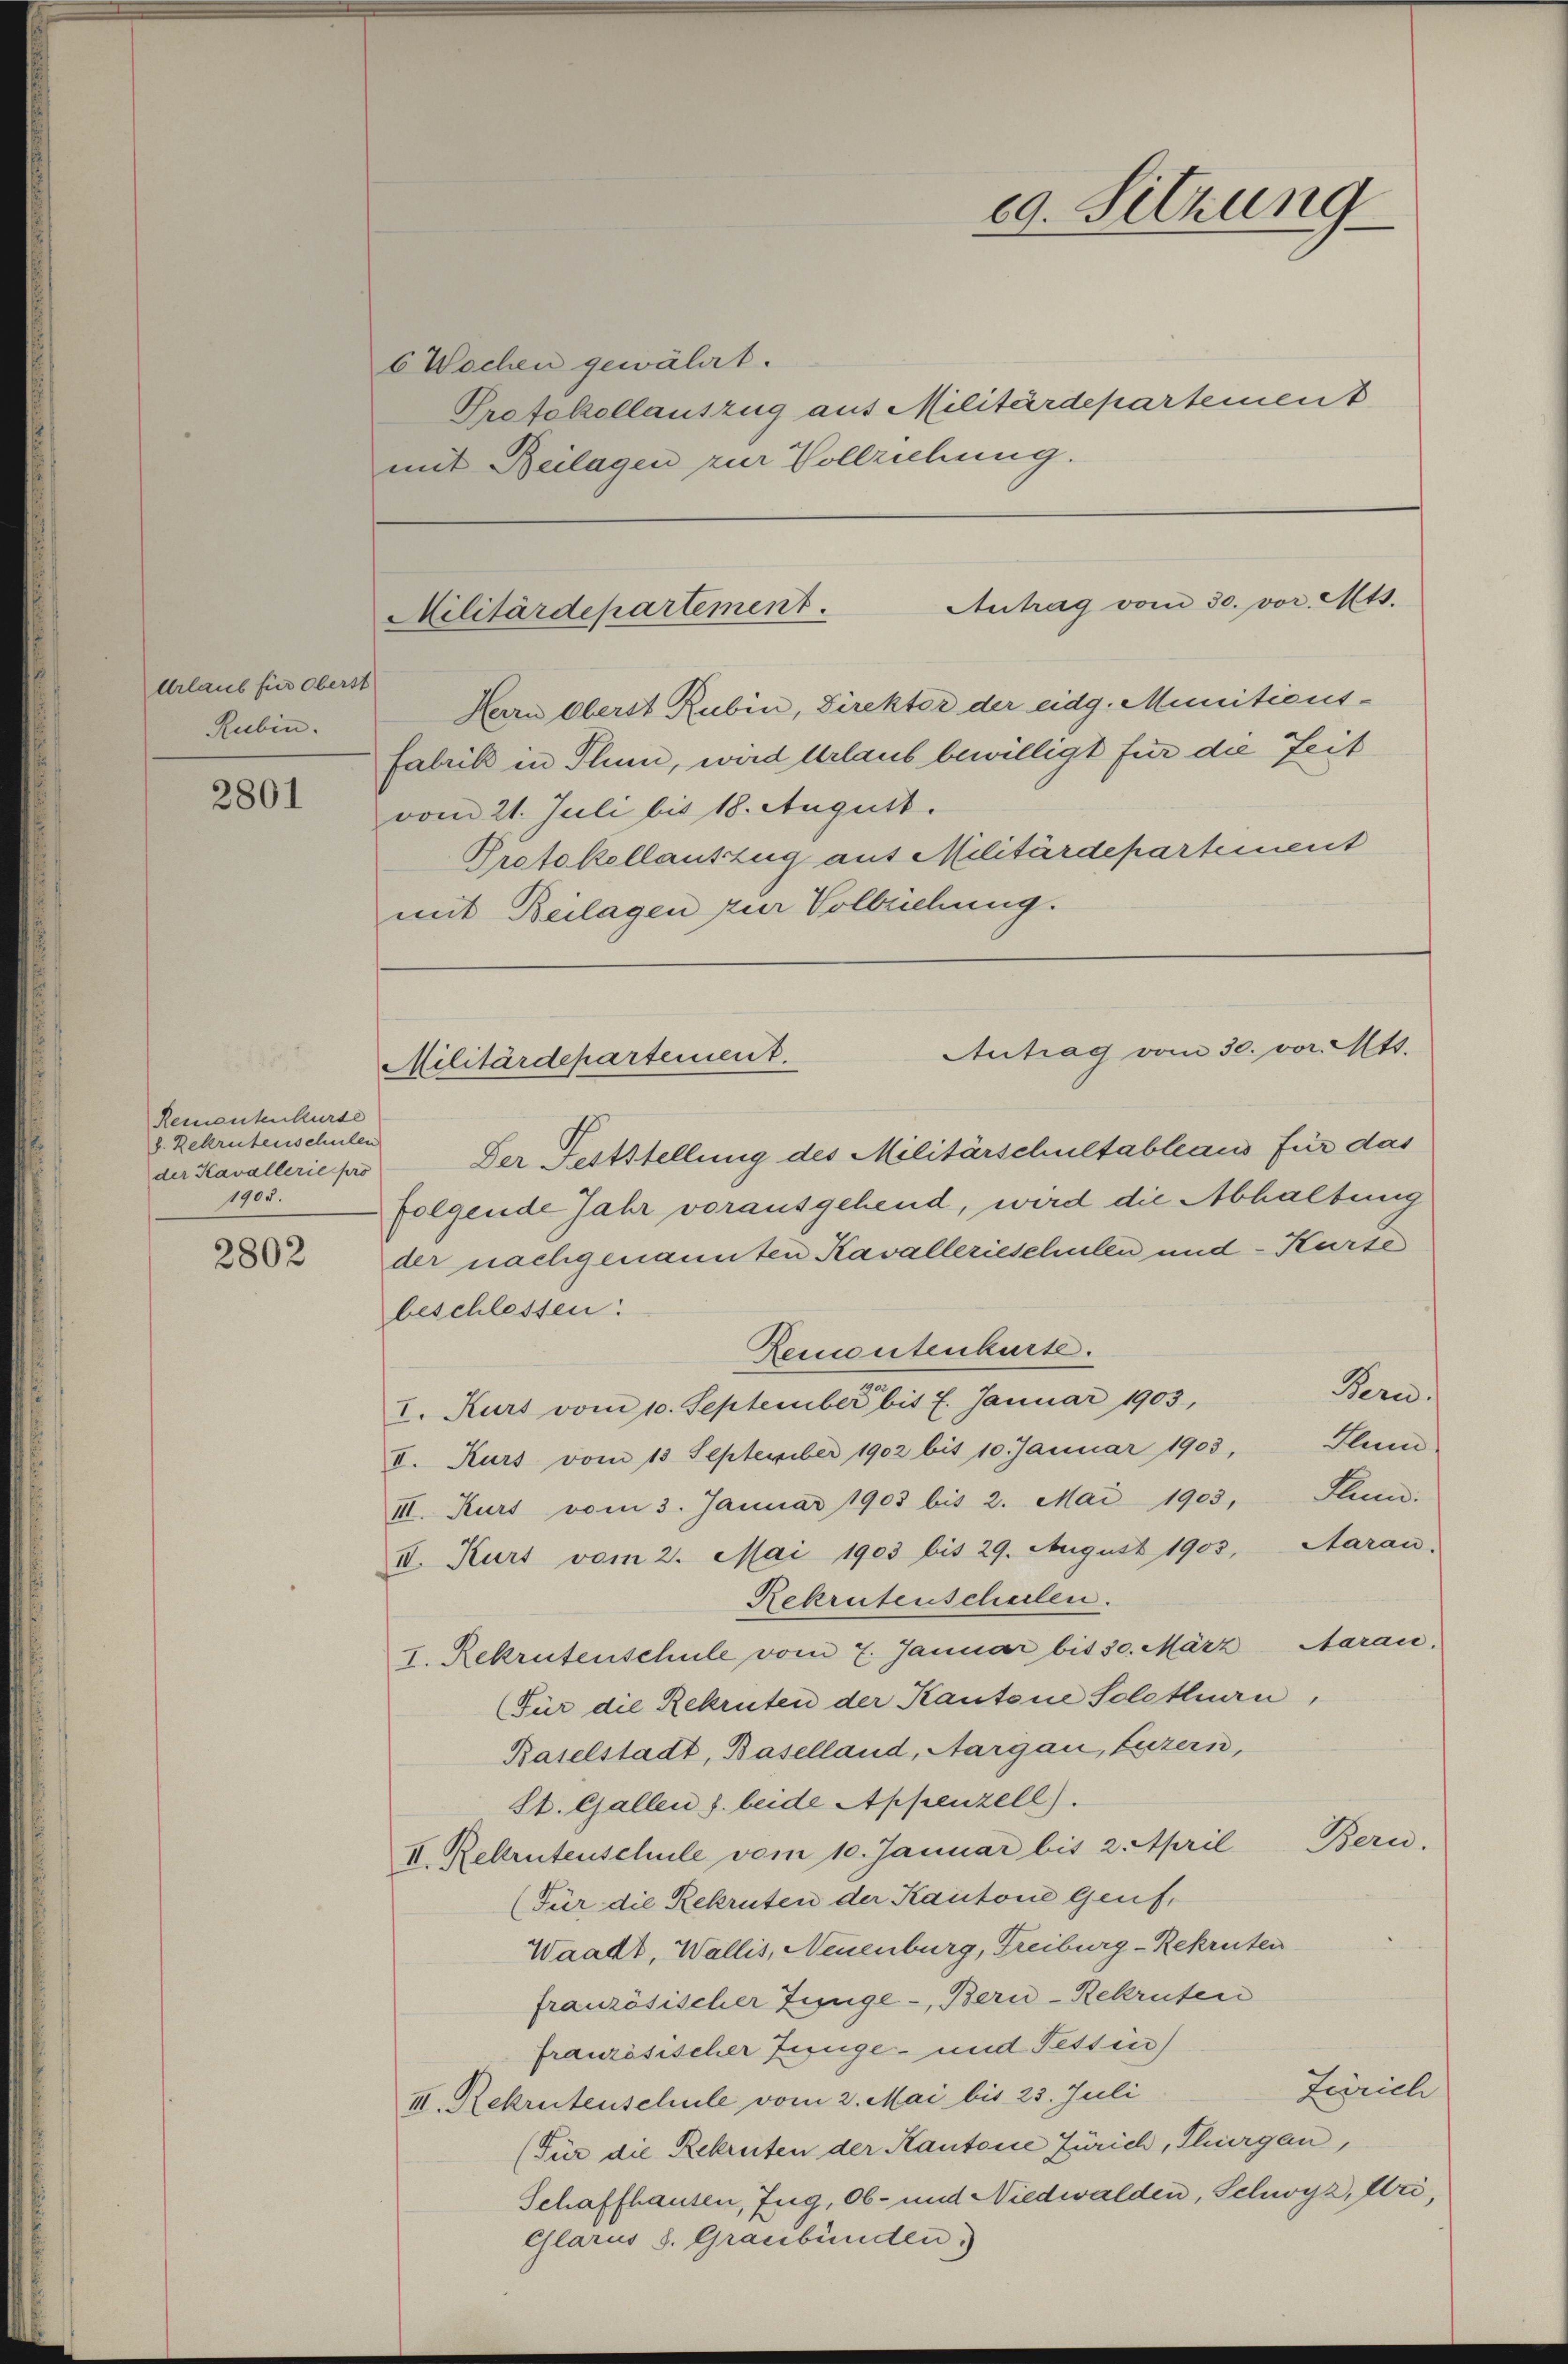
Urlaub für Oberst
Rubin.
2801

.
Rementenkurse
d. Rekrutenschulen
der Kavallerie pro
1905.

2802

6 Wochen gewährt.
Protokollauszug aus Militärdepartement
mit Beilagen zur Vollziehung.

Antrag vom 30. vor. Mts.
Militärdepartement.

Herrn Oberst Rubin, Direktor der eidg. Munitions-
fabrik in Plum, wird Urlaub bewilligt für die Zeit
vom 21. Juli bis 18. August.
Protokollauszug aus Militärdepartement
mit Beilagen zur Vollziehung.

29. Sitzung

Antrag vom 30. vor. Mts.
Militärdepartement.

Der Feststellung des Militärschultableaus für das
folgende Jahr vorausgehend, wird die Abhaltung
der nachgenannten Kavallerieschulen und Kurse
beschlessen:
Rementenkurse.
I. Kurs vom 10. September bis 7. Januar 1903,
II. Kurs vom 13. September 1902 bis 10. Januar 1903, Flum
III. Kurt vom 3. Januar 1903 bis 2. Mai 1903, Stun
II. Kurt vom 2. Mai 1903 bis 29. August 1903, Aarau
Rekrutenscheilen.
I. Rekrutenschule vom 7. Januar bis 30. März Aarau.
Für die Rekruten der Kantone Solothurn,
Baselstadt, Baselland, Aargau, Luzern,
St. Gallen s. beide Appenzell).
II. Rekrutenschule vom 10. Januar bis 2. April Bern.
(Für die Rekruten der Kantone Genf,
Waadt, Wallis, Neuenburg, Freiburg-Rekruten
französischer Zunge -, Bern-Rekruten
französischer Junge- und Tessin
Zürich
II. Rekrutenschule vom 2. Mai bis 25. Juli
(Für die Rekruten der Kantone Zürich, Thurgau,
Schaffhausen, Zug, Ob- und Niedwalden, Schwyz, Uri,
Glarus S. Graubünden)

Bern.